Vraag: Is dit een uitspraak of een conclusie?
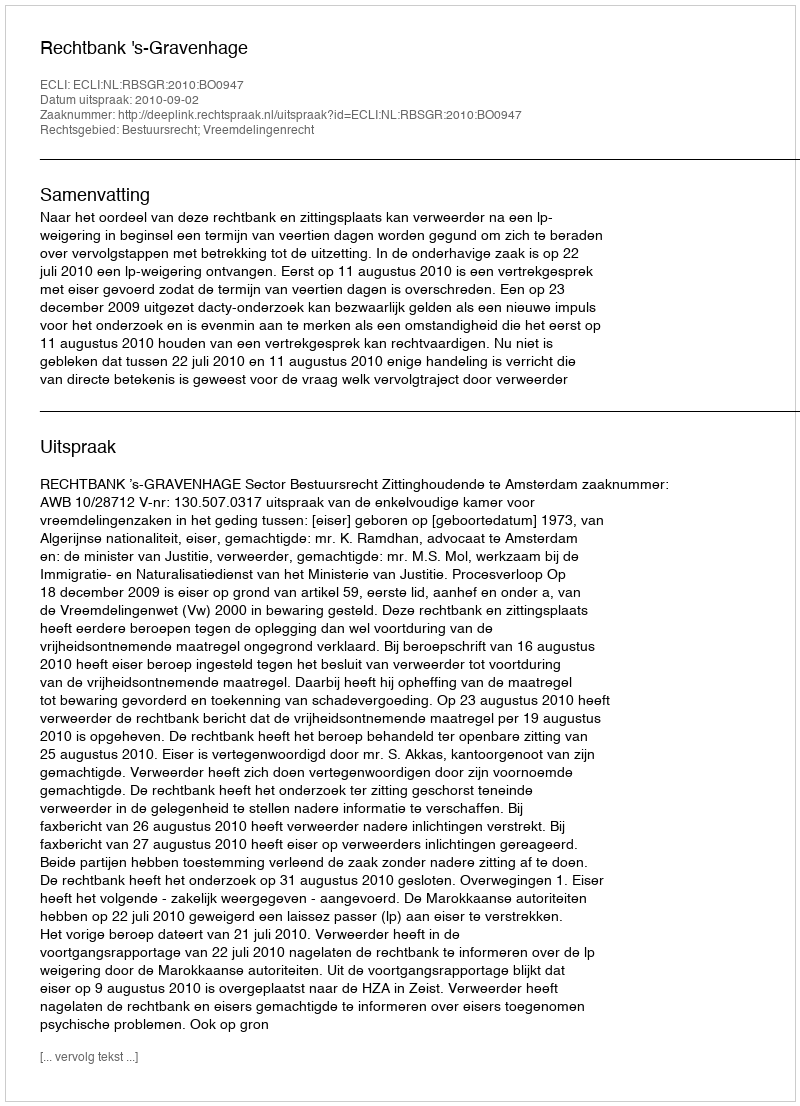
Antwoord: Uitspraak